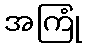
အကြုံ